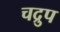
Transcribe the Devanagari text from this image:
चद्रुप